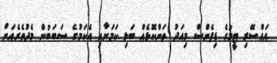
އައްސޭރި ޓީމުގެ ޑިފެންސް މިއަދު ތަންކޮޅެއް ބަލި ކަމަށާއި އެކަމުގެ ސަބަބުން މެދުތެރެއަށް